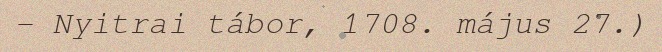
– Nyitrai tábor, 1708. május 27.)